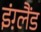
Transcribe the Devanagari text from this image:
इंग़्लैंड